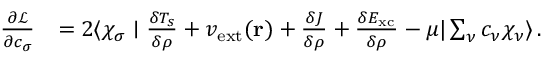
\begin{array} { r l } { \frac { \partial \mathcal { L } } { \partial c _ { \sigma } } } & { = 2 \langle \chi _ { \sigma } \mid \frac { \delta T _ { s } } { \delta \rho } + v _ { \mathrm { e x t } } ( \mathbf { r } ) + \frac { \delta J } { \delta \rho } + \frac { \delta E _ { \mathrm { x c } } } { \delta \rho } - \mu | \sum _ { \nu } c _ { \nu } \chi _ { \nu } \rangle \, . } \end{array}